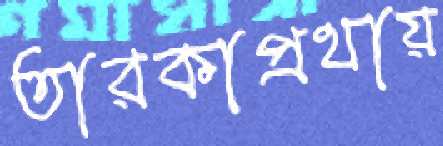
তারকাপ্রথায়